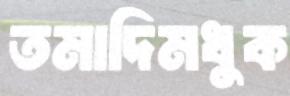
তমাদিমধুক